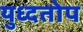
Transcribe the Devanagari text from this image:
युध्दतोप